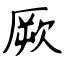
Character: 厥